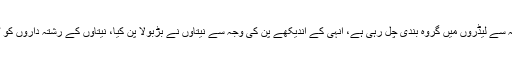
انہی لوگو ںکی وجہ سے تنظیم کمزور ہے، انہی لوگو ں کی وجہ سے لیڈروں میں گروہ بندی چل رہی ہے، انہی کے اندیکھے پن کی وجہ سے نیتاؤں نے بڑبولا پن کیا، نیتاؤں کے رشتہ داروں کو ٹکٹ ان کی آنکھ اور ناک کے نیچے جانتے بوجھتے دیے گئے۔